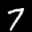
Label: 7